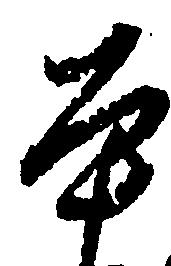
本